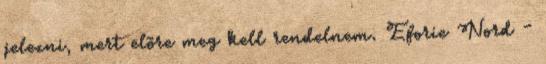
jelezni, mert elõre meg kell rendelnem. Eforie Nord -